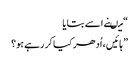
“ میںنے اسے بتایا
” ہائیں ، اُدھر کیا کر رہے ہو؟